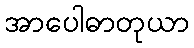
အာပေါဓာတုယာ